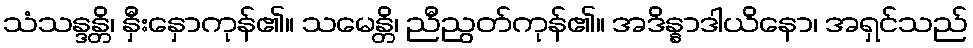
သံသန္ဒန္တိ၊ နှီးနှောကုန်၏။ သမေန္တိ၊ ညီညွတ်ကုန်၏။ အဒိန္နာဒါယိနော၊ အရှင်သည်